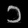
Digit: ၁